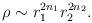
LaTeX: \begin{align*}\rho \sim r_1^{2n_1}r_2^{2n_2}. \end{align*}